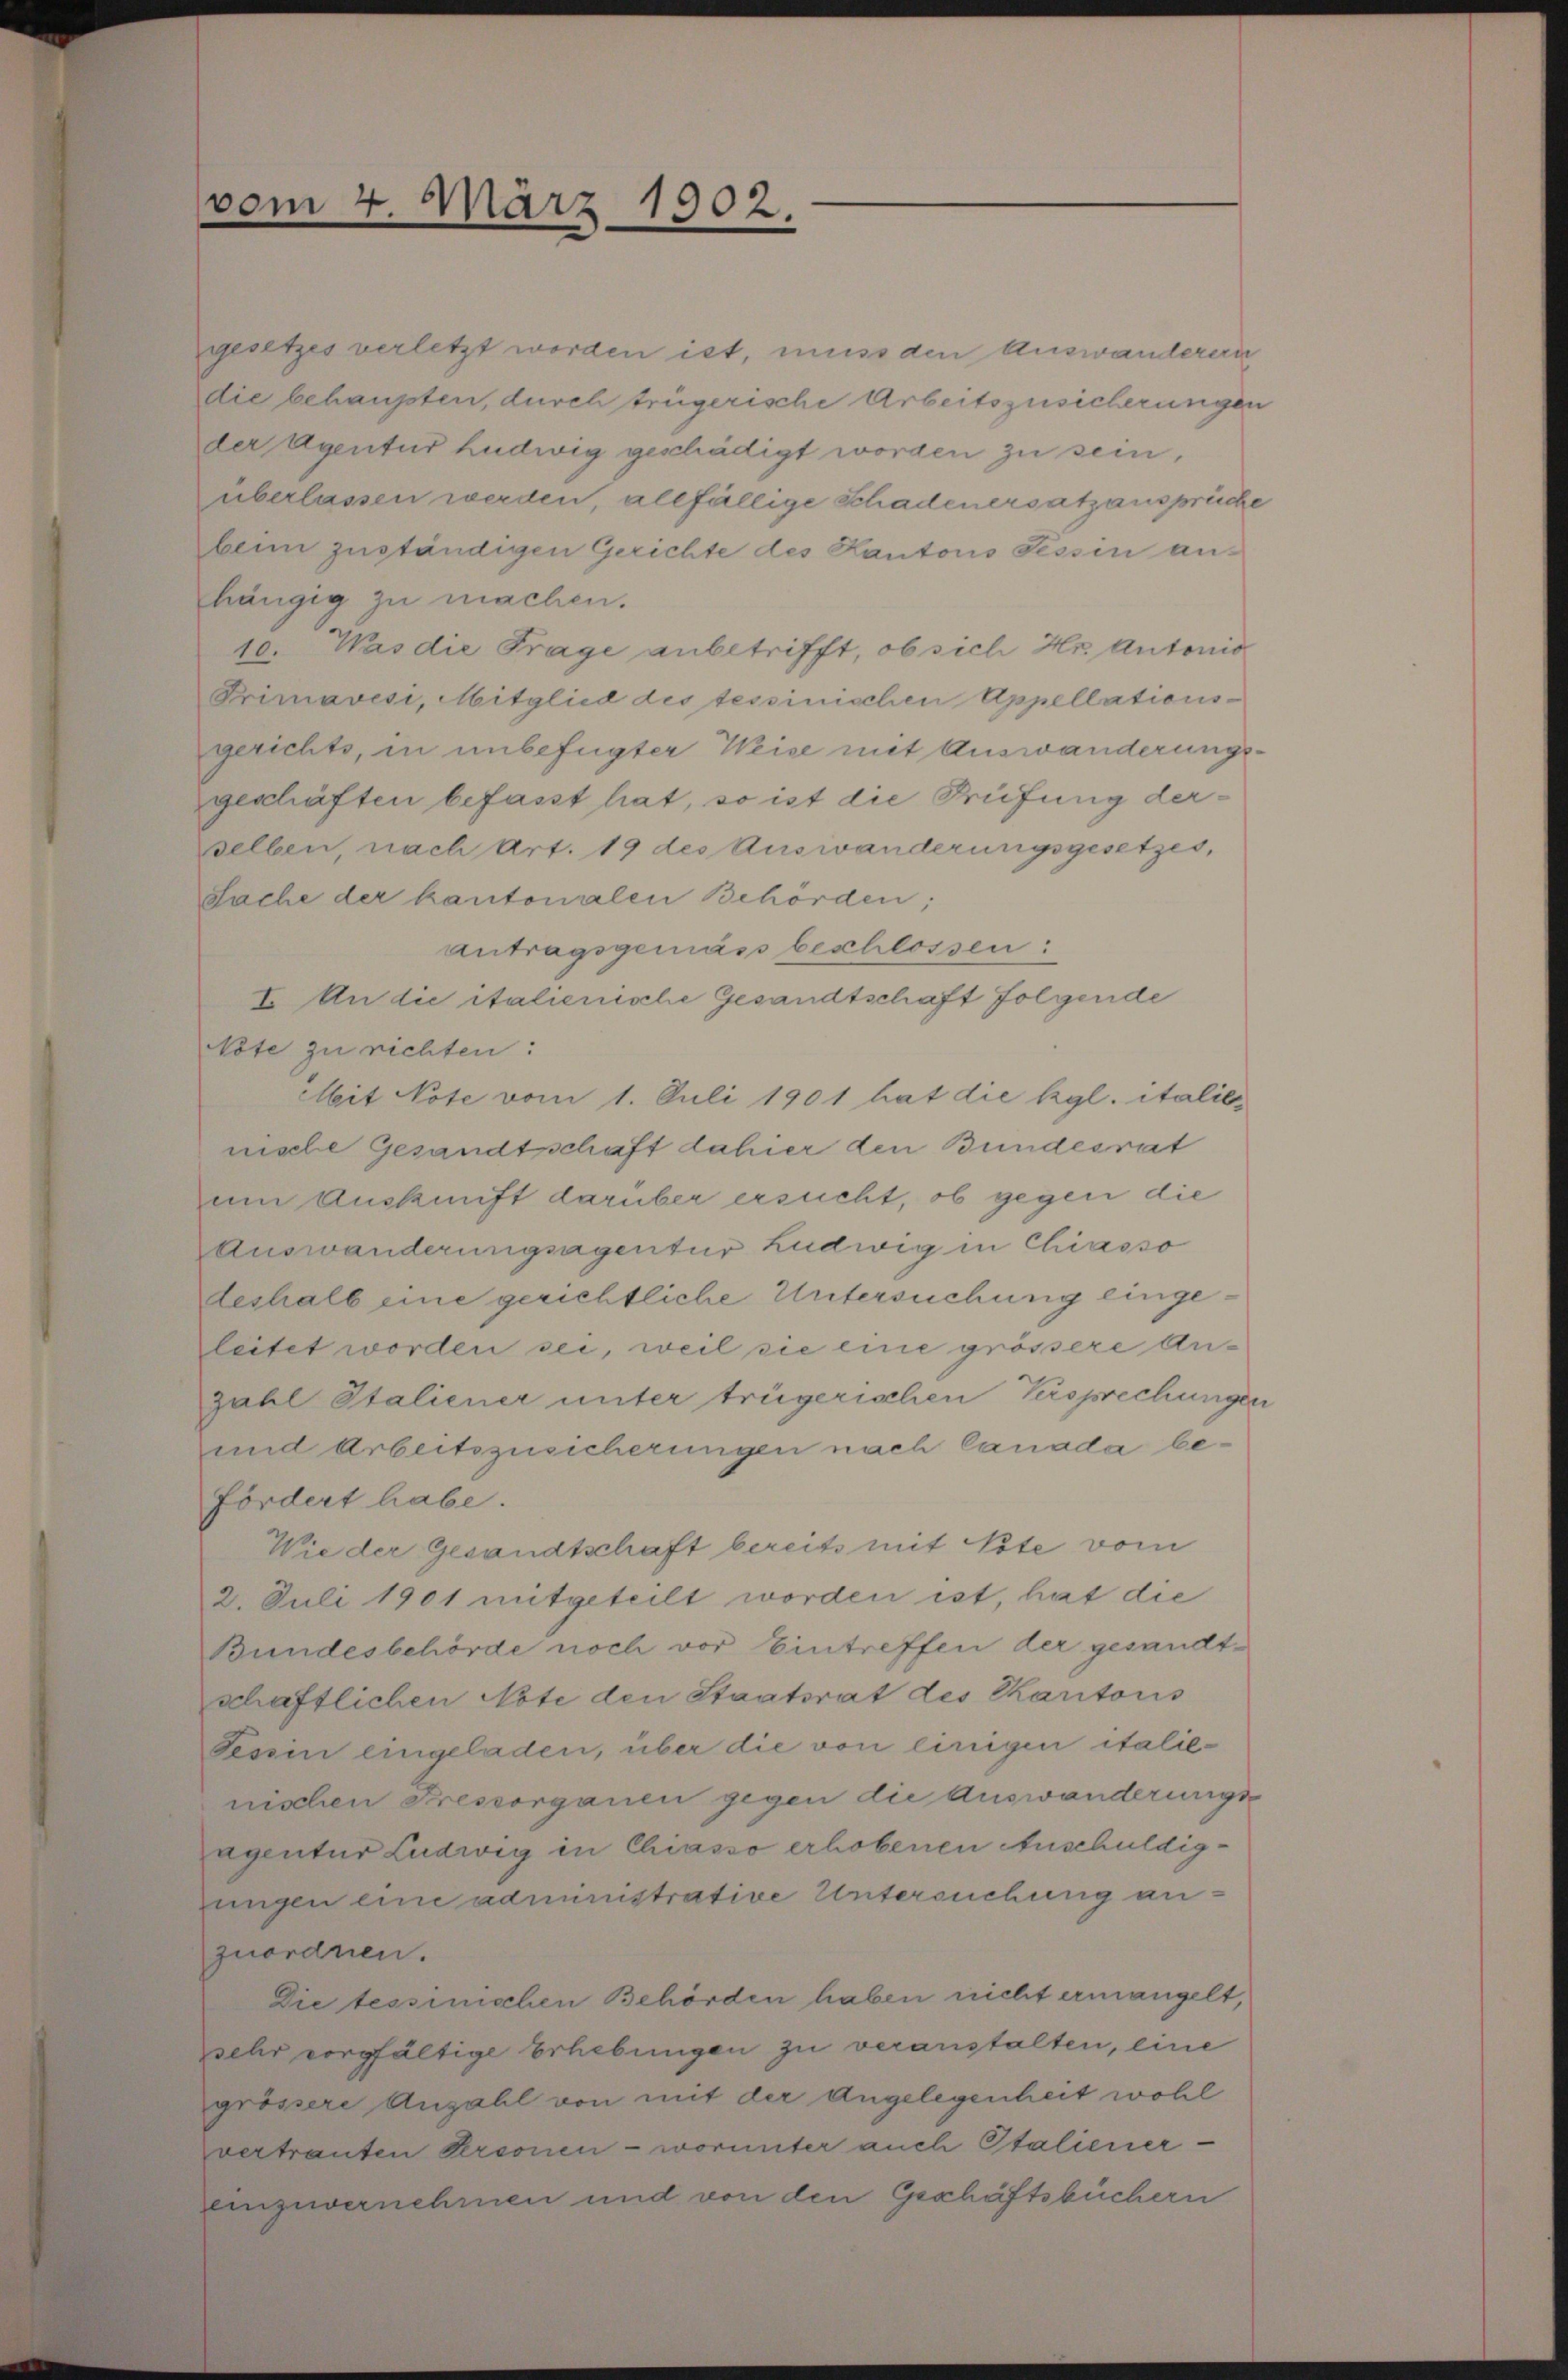
vom 4. März 1902.

gesetzes verletzt worden ist, muss den Auswanderen
die behaupten, durch trügerische Arbeitszusicherungen
der Agentur hudwig geschädigt worden zu sein,
überlassen werden, allfällige Schadenersatzansprüche
beim zuständigen Gerichte des Kantons Tessin an-
hängig zu machen.
10. Was die Frage anbetrifft, ob sich Hr. Antonio
Primavesi, Mitglied des tessinischen Appellationsgerichts, in unbefügter Weise mit Auswanderungsgeschäften befasst hat, so ist die Prüfung derselben, nach Art. 19 des Auswanderungsgesetzes,
Sache der kantonalen Behörden;
antragsgemäss beschlossen:
I. An die italienische Gesandtschaft folgende
Note zu richten:
Mit Note vom 1. Juli 1901 hat die Kgl. italienische Gesandtschaft dahier den Bundesrat
um Auskunft darüber ersucht, ob gegen die
Auswanderungsagentur Ludwig in Chiasso
deshalb eine gerichtliche Untersuchung eingeleitet worden sei, weil sie eine grössere Anzahl Staliener unter trügerischen Persprechungen
und Arbeitszusicherungen nach Canada befördert habe.
Wie der Gesandtschaft bereits mit ste vom
2. Juli 1901 mitgeteilt worden ist, hat die
Bundesbehörde noch vor Eintreffen der gesandtschaftlichen Note den Staatsrat des Kantons
Tessin eingeladen, über die von einigen italie-
nischen Pressorganen gegen die Auswanderungsagentur Ludwig in Chiasso erhobenen Anschuldigungen eine administrative Untersuchung anzuordnen.
Die tessinischen Behörden haben nicht ermangelt,
sehr vorgfältige Erhebungen zu veranstalten, eine
grössere Anzahl von mit der Angelegenheit wohl
vertrauten Versonen - worunter auch Italiener-
einzuvernehmen und von den Geschäftsbüchern